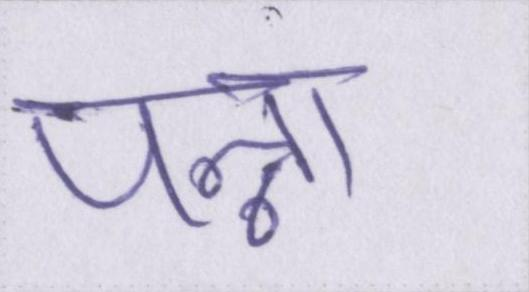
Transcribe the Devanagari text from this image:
पन्ना